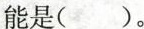
能是( )。